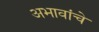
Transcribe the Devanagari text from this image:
अभावांचे